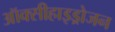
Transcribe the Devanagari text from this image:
ऑक्सीहाइड्रोजन